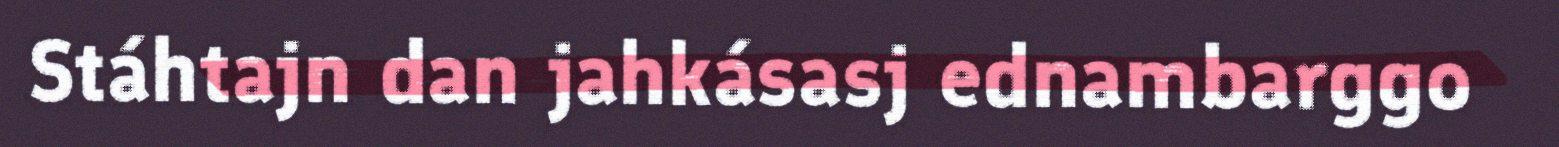
Stáhtajn dan jahkásasj ednambarggo